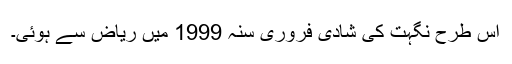
اس طرح نگہت کی شادی فروری سنہ 1999 میں ریاض سے ہوئی۔